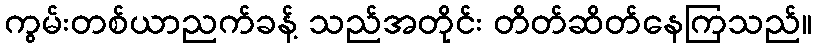
ကွမ်းတစ်ယာညက်ခန့် သည်အတိုင်း တိတ်ဆိတ်နေကြသည်။